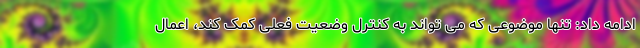
ادامه داد: تنها موضوعی که می تواند به کنترل وضعیت فعلی کمک کند، اعمال